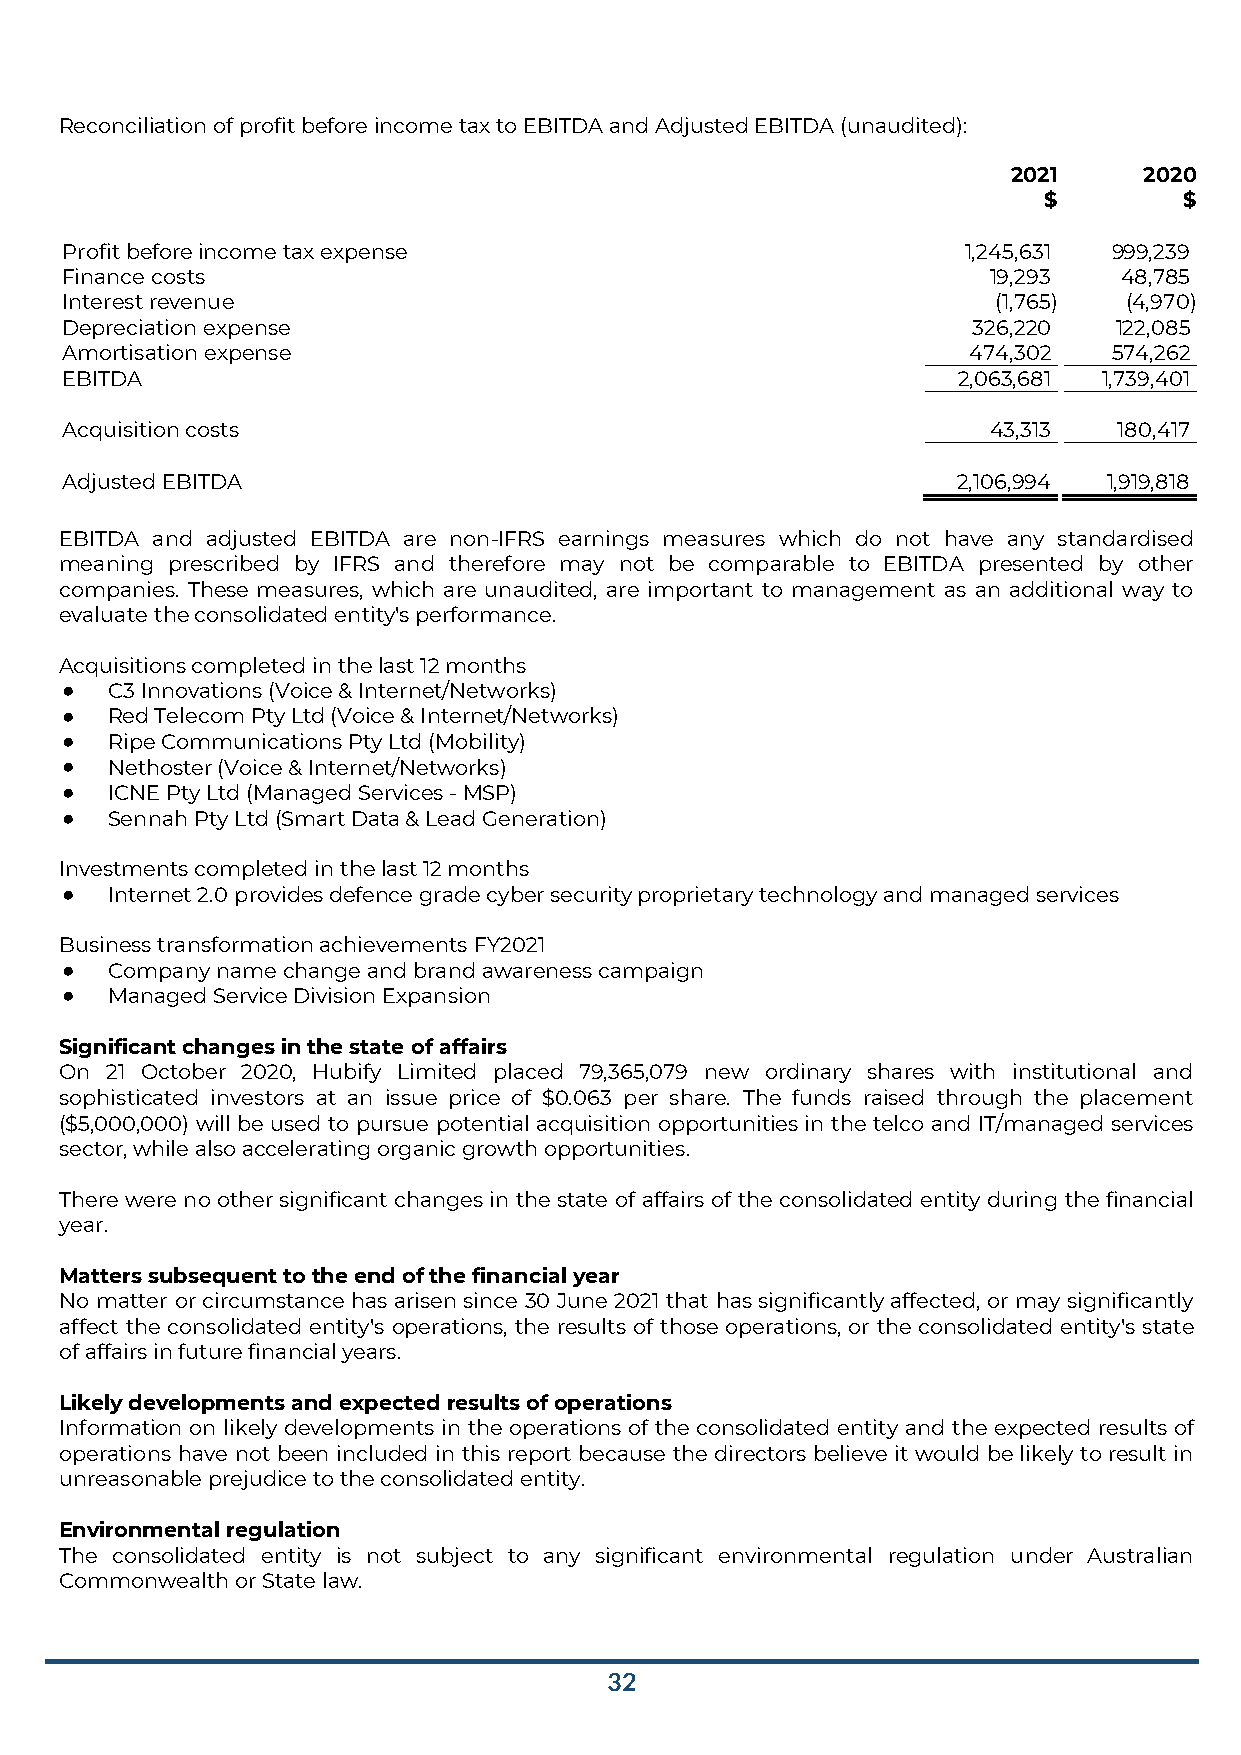
Reconciliation of profit before income tax to EBITDA and Adjusted EBITDA (unaudited):
 2021     2020
 $        $
 Profit before income tax expense                            1,245,631 999,239
 Finance costs                                                 19,293  48,785
 Interest revenue                                              (1,765) (4,970)
 Depreciation expense                                        326,220   122,085
 Amortisation expense                                        474,302   574,262
 EBITDA                                                     2,063,681 1,739,401
 Acquisition costs                                            43,313   180,417
 Adjusted EBITDA                                            2,106,994 1,919,818
 EBITDA and adjusted EBITDA are non-IFRS earnings measures which do not have any standardised
 meaning prescribed by IFRS and therefore may not be comparable to EBITDA presented by other
 companies. These measures, which are unaudited, are important to management as an additional way to
 evaluate the consolidated entity's performance.
 Acquisitions completed in the last 12 months
 ●  C3 Innovations (Voice & Internet/Networks)
 ●  Red Telecom Pty Ltd (Voice & Internet/Networks)
 ●  Ripe Communications Pty Ltd (Mobility)
 ●  Nethoster (Voice & Internet/Networks)
 ●  ICNE Pty Ltd (Managed Services - MSP)
 ●  Sennah Pty Ltd (Smart Data & Lead Generation)
 Investments completed in the last 12 months
 ●  Internet 2.0 provides defence grade cyber security proprietary technology and managed services
 Business transformation achievements FY2021
 ●  Company name change and brand awareness campaign
 ●  Managed Service Division Expansion
 Significant changes in the state of affairs
 On 21 October 2020, Hubify Limited placed 79,365,079 new ordinary shares with institutional and
 sophisticated investors at an issue price of $0.063 per share. The funds raised through the placement
 ($5,000,000) will be used to pursue potential acquisition opportunities in the telco and IT/managed services
 sector, while also accelerating organic growth opportunities.
 There were no other significant changes in the state of affairs of the consolidated entity during the financial
 year.
 Matters subsequent to the end of the financial year
 No matter or circumstance has arisen since 30 June 2021 that has significantly affected, or may significantly
 affect the consolidated entity's operations, the results of those operations, or the consolidated entity's state
 of affairs in future financial years.
 Likely developments and expected results of operations
 Information on likely developments in the operations of the consolidated entity and the expected results of
 operations have not been included in this report because the directors believe it would be likely to result in
 unreasonable prejudice to the consolidated entity.
 Environmental regulation
 The consolidated entity is not subject to any significant environmental regulation under Australian
 Commonwealth or State law.
 32